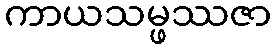
ကာယသမ္ဖဿဇာ